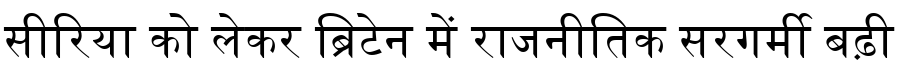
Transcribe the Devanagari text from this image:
सीरिया को लेकर ब्रिटेन में राजनीतिक सरगर्मी बढ़ी